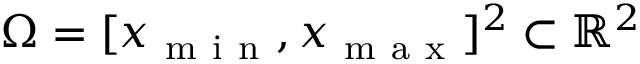
\Omega = [ x _ { \mathrm { ~ m ~ i ~ n ~ } } , x _ { \mathrm { ~ m ~ a ~ x ~ } } ] ^ { 2 } \subset \mathbb { R } ^ { 2 }